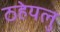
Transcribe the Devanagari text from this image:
ठहेयलु